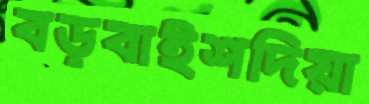
বড়বাইশদিয়া